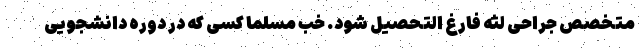
متخصص جراحی لثه فارغ التحصیل شود. خب مسلماً کسی که در دوره دانشجویی